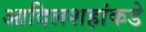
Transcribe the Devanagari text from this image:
आदिलशहांकडे